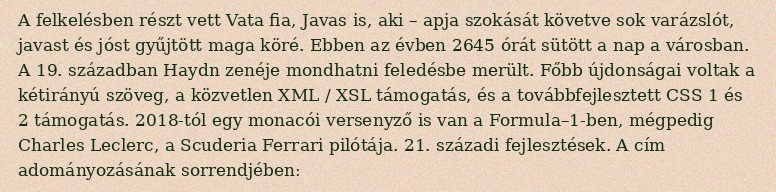
A felkelésben részt vett Vata fia, Javas is, aki – apja szokását követve sok varázslót, javast és jóst gyűjtött maga köré. Ebben az évben 2645 órát sütött a nap a városban. A 19. században Haydn zenéje mondhatni feledésbe merült. Főbb újdonságai voltak a kétirányú szöveg, a közvetlen XML / XSL támogatás, és a továbbfejlesztett CSS 1 és 2 támogatás. 2018-tól egy monacói versenyző is van a Formula–1-ben, mégpedig Charles Leclerc, a Scuderia Ferrari pilótája. 21. századi fejlesztések. A cím adományozásának sorrendjében: